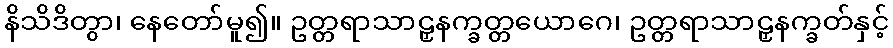
နိသိဒိတွာ၊ နေတော်မူ၍။ ဥတ္တရာသာဠှနက္ခတ္တယောဂေ၊ ဥတ္တရာသာဠှနက္ခတ်နှင့်